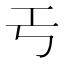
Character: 𢀔